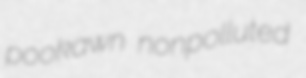
pookawn nonpolluted